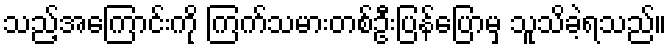
သည့်အကြောင်းကို ကြက်သမားတစ်ဦးပြန်ပြောမှ သူသိခဲ့ရသည်။